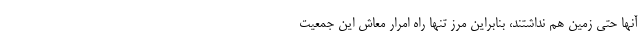
آنها حتی زمین هم نداشتند، بنابراین مرز تنها راه امرار معاش این جمعیت